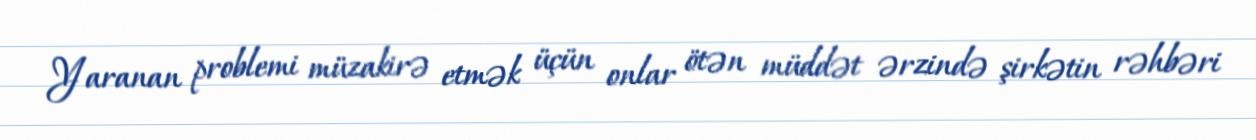
Yaranan problemi müzakirə etmək üçün onlar ötən müddət ərzində şirkətin rəhbəri